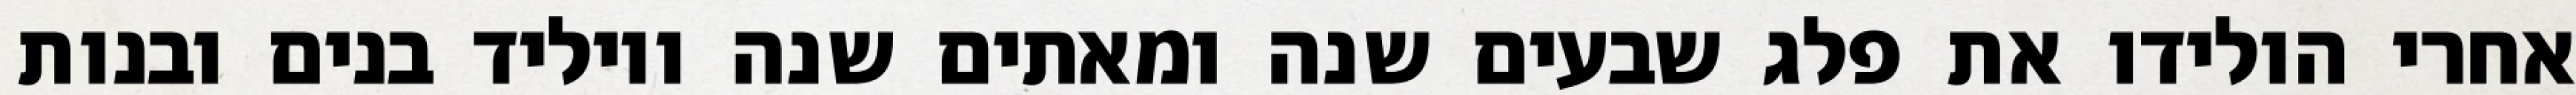
אחרי הולידו את פלג שבעים שנה ומאתים שנה ויוליד בנים ובנות